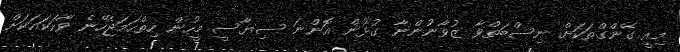
މިއީ ގޭންގްތަކަށް ނިސްބަތްވާ ޒުވާނުންނާ ގުޅުން އޮންނަ ސިޔާސީ މީހުން ހިތްހަމަޖެހޭނެ ވާހަކައަކަށް